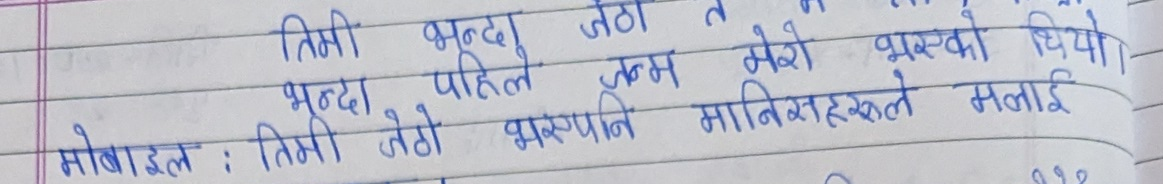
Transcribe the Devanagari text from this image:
तिमी भन्दा जेठो त
भन्दा पहिले जन्म मेरो भएको थियो।
मोबाइल : तिमी जेठो भएर पनि मानिसहरूले मलाई